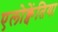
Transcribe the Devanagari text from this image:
एलोक्वेंतिया